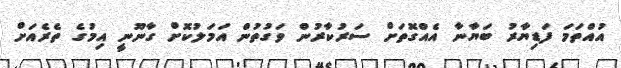
އުއްތަމަ ފަޑިޔާރު ބަޔާނާ އެއްގޮތަށް ސަރުކާރުން ވަގުތުން އަމަލުކޮށް ގާނޫނީ އިމުގެ ތެރެއަށް